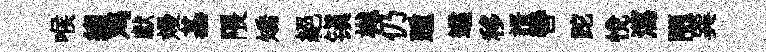
喉縐鸡獻熳基隈矯絕镇樾仍踵遹移諝轡跎悅瀉陋巽